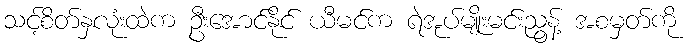
သင့်စိတ်နှလုံးထဲက ဦးအောင်နိုင် ယီမင်က ရဲအုပ်မျိုးမင်းညွန့် အစမှတ်ကို